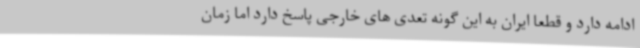
ادامه دارد و قطعا ایران به این گونه تعدی های خارجی پاسخ دارد اما زمان